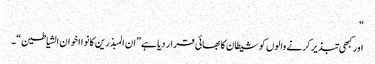
“
اور کبھی تبذیر کرنے والوں کو شیطان کا بھائی قرار دیا ہے”ان المبذرین کانوا اخوان الشیاطین“۔